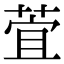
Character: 萓